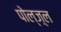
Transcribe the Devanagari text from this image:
पोल्ज़्ल